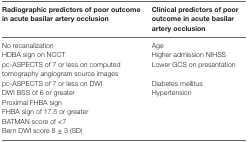
| Radiographic predictors of poor outcome in acute basilar artery occlusion | Clinical predictors of poor outcome in acute basilar artery occlusion |
 | --- | --- |
 | No recanalization | Age |
 | HDBA sign on NCCT | Higher admission NIHSS |
 | pc-ASPECTS of 7 or less on computed tomography angiogram source images | Lower GCS on presentation |
 | pc-ASPECTS of 7 or less on DWI | Diabetes mellitus |
 | DWI BSS of 6 or greater | Hypertension |
 | Proximal FHBA sign |  |
 | FHBA sign of 17.5 or greater |  |
 | BATMAN score of <7 |  |
 | Bern DWI score 8 ± 3 (SD) |  |